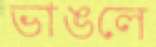
ভাঙলে